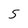
Character: 5